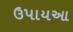
ઉપાયઆ